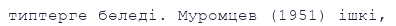
типтерге бөледі. Муромцев (1951) ішкі,